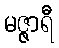
မဇ္ဇာရီ